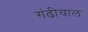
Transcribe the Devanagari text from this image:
गंढीयाल